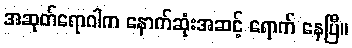
အဆုတ်ရောဂါက နောက်ဆုံးအဆင့် ရောက် နေပြီ။